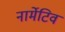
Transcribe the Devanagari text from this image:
नार्मेटिव